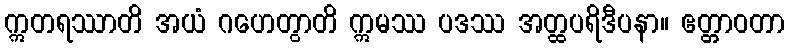
ဣတရဿာတိ အယံ ဂဟေတွာတိ ဣမဿ ပဒဿ အတ္ထပရိဒီပနာ။ ဧတ္တာဝတာ